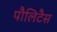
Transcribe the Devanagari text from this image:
पौलिटैस